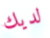
لديك